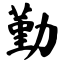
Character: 勤